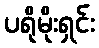
ပရိုမိုးရှင်း